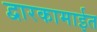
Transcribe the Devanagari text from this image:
द्वारकामाईत